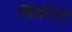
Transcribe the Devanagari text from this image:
सिंग्रौली